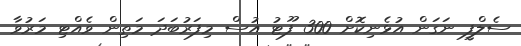
ސެލްފީ ނަގަން އުޅެނިކޮށް 300 ފޫޓު އުސް މިފަރުބަދަ މަތިން ވެއްޓި މަރުވާ